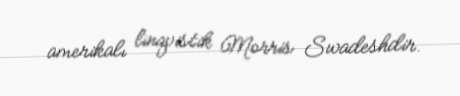
amerikalı linqvistik Morris Swadeshdir.